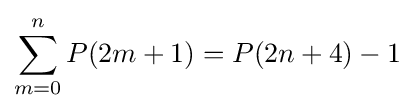
\sum _{m=0}^{n}P(2m+1)=P(2n+4)-1